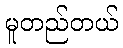
မူတည်တယ်